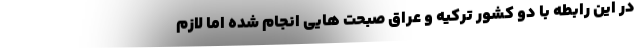
در این رابطه با دو کشور ترکیه و عراق صبحت هایی انجام شده اما لازم